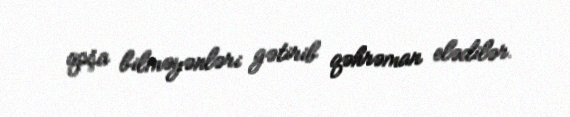
qoşa bilməyənləri gətirib qəhrəman elədilər.